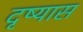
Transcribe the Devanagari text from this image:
दृष्यास